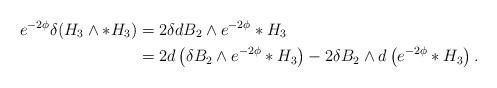
LaTeX: \begin{align*}e^{-2\phi}\delta(H_3\wedge *H_3)&=2 \delta dB_2\wedge e^{-2\phi}*H_3\\&=2d\left(\delta B_2\wedge e^{-2\phi}*H_3\right)-2\delta B_2\wedge d\left(e^{-2\phi}*H_3\right).\end{align*}